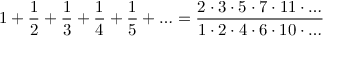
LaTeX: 1 + { \frac { 1 } { 2 } } + { \frac { 1 } { 3 } } + { \frac { 1 } { 4 } } + { \frac { 1 } { 5 } } + \ldots = { \frac { 2 \cdot 3 \cdot 5 \cdot 7 \cdot 1 1 \cdot \ldots } { 1 \cdot 2 \cdot 4 \cdot 6 \cdot 1 0 \cdot \ldots } }